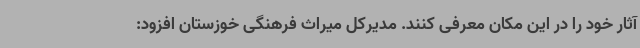
آثار خود را در این مکان معرفی کنند. مدیرکل میراث فرهنگی خوزستان افزود: